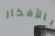
بالأفكار